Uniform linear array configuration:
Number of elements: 48
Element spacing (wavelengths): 0.5
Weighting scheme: binomial
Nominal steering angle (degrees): -30
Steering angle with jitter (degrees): -30.814
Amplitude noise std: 0.05
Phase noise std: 0.05

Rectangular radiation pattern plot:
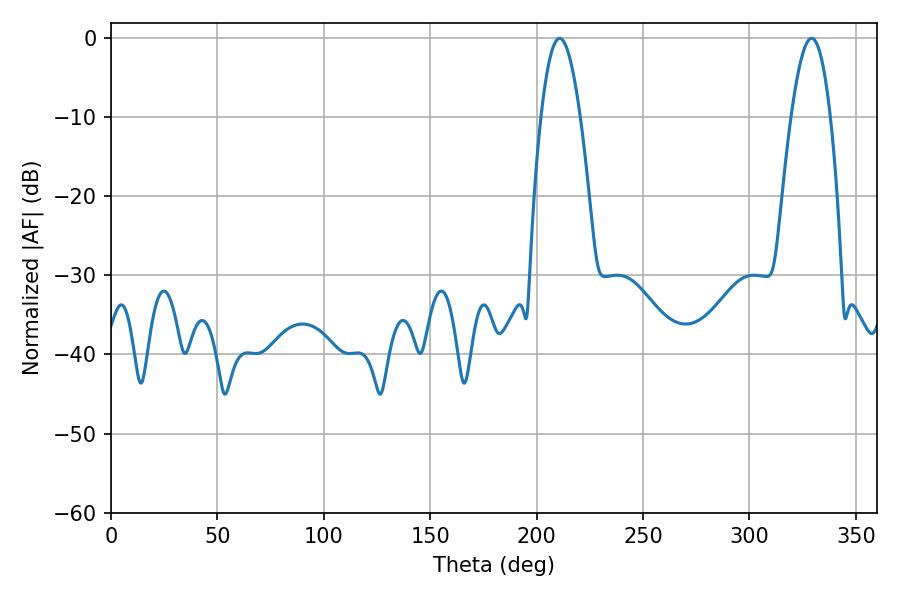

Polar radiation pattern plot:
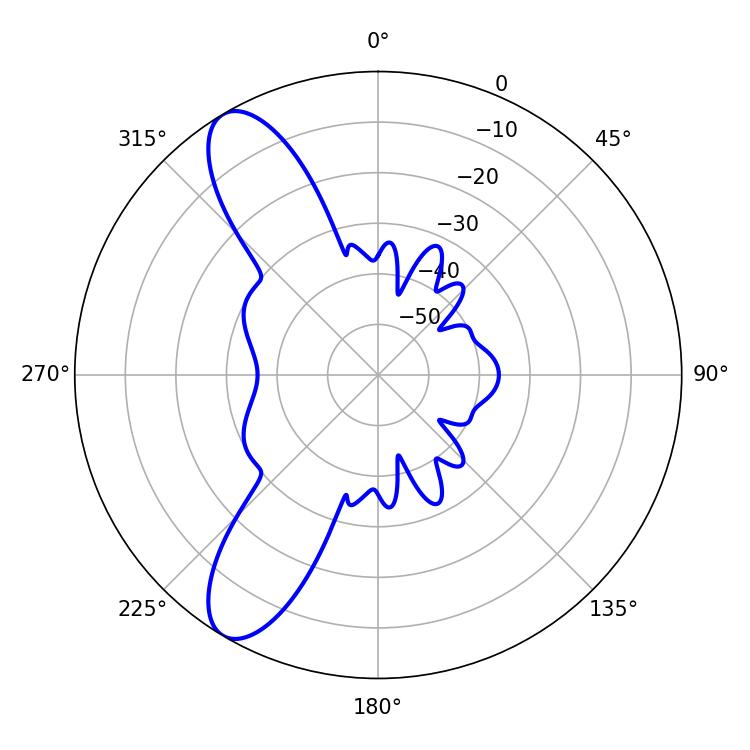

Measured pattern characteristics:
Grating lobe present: FALSE
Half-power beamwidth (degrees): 10.08
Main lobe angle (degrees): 210.78